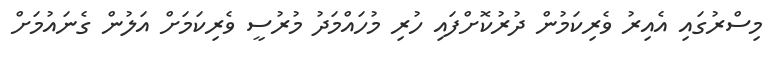
މިސްރުގައި އެއިރު ވެރިކަމުން ދުރުކޮށްފައި ހުރި މުހައްމަދު މުރުސީ ވެރިކަމަށް އަލުން ގެނައުމަށް